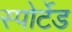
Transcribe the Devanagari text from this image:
स्पोर्टेड